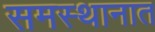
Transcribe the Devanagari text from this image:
समस्थानात